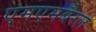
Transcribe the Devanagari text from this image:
एमएमबैरल